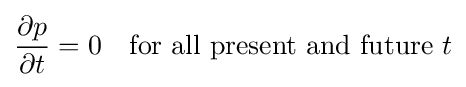
{\frac {\partial p}{\partial t}}=0\quad {\text{for all present and future }}t